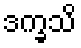
ဒက္ခသိ